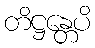
တိဋ္ဌန္တေပိ